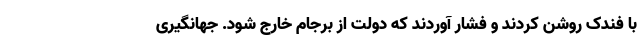
با فندک روشن کردند و فشار آوردند که دولت از برجام خارج شود. جهانگیری